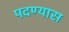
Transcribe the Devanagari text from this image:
पदण्यास